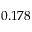
0 . 1 7 8